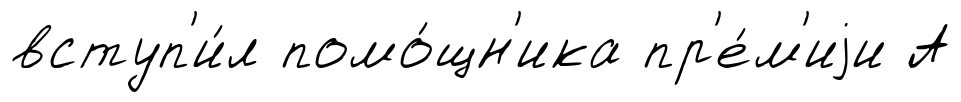
вступ'и́л помо́щн'ика пр'е́м'иjи А